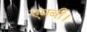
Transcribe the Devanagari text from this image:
एमबी।